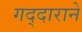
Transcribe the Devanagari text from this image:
गद्दाराने